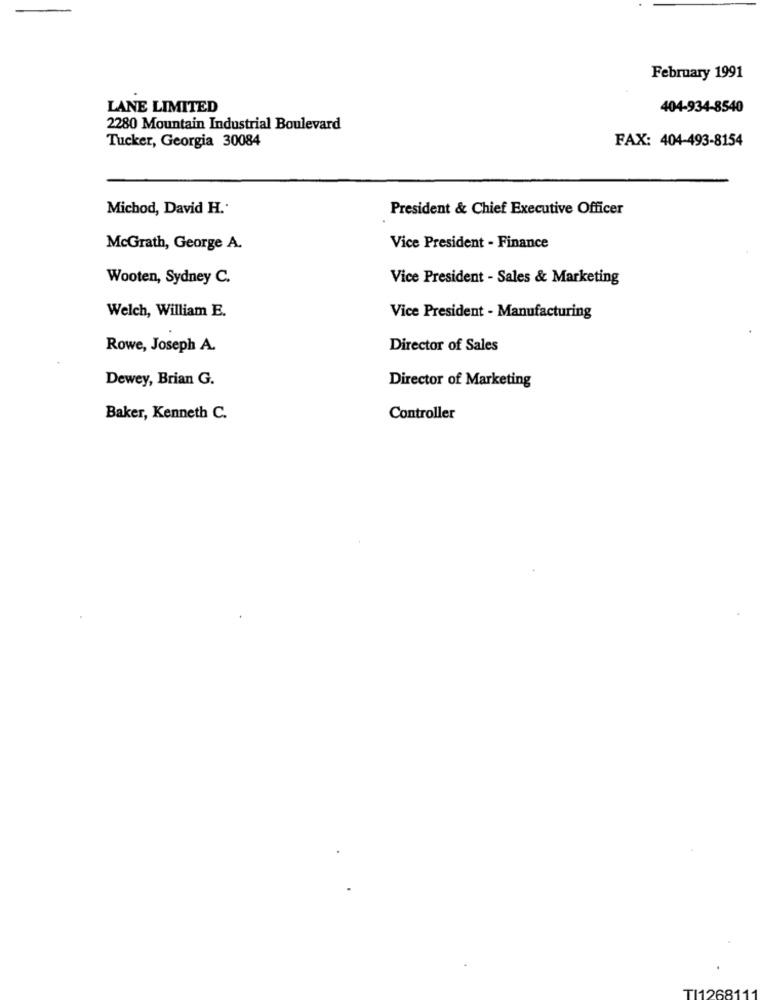
February 1991
LANE LIMITED
404-934-8540
2280 Mountain Industrial Boulevard
Tucker, Georgia 30084
FAX: 404-493-8154
Michod, David H.
President & Chief Executive Officer
McGrath, George A.
Vice President - Finance
Wooten, Sydney C.
Vice President - Sales & Marketing
Welch, William E.
Vice President - Manufacturing
Rowe, Joseph A.
Director of Sales
Dewey, Brian G.
Director of Marketing
Baker, Kenneth C.
Controller
TI126